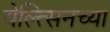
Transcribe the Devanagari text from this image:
येल्त्सिनच्या